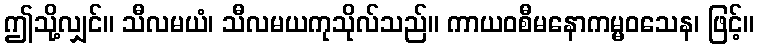
ဤသို့လျှင်။ သီလမယံ၊ သီလမယကုသိုလ်သည်။ ကာယဝစီမနောကမ္မဝသေန၊ ဖြင့်။